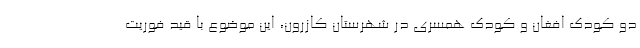
دو کودک افغان و کودک همسری در شهرستان کازرون، این موضوع با قید فوریت